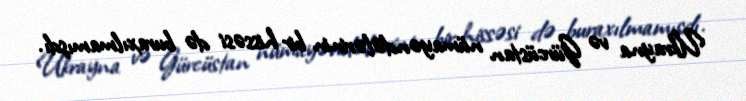
Ukrayna və Gürcüstan nümayəndələrinin bir hissəsi də buraxılmamışdı.